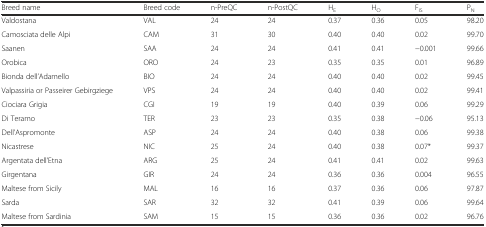
| Breed name | Breed code | n-PreQC | n-PostQC | HE | HO | FIS | PN |
 | --- | --- | --- | --- | --- | --- | --- | --- |
 | Valdostana | VAL | 24 | 24 | 0.37 | 0.36 | 0.05 | 98.20 |
 | Camosciata delle Alpi | CAM | 31 | 30 | 0.40 | 0.40 | 0.02 | 99.70 |
 | Saanen | SAA | 24 | 24 | 0.41 | 0.41 | −0.001 | 99.66 |
 | Orobica | ORO | 24 | 23 | 0.35 | 0.35 | 0.01 | 96.89 |
 | Bionda dell’Adamello | BIO | 24 | 24 | 0.40 | 0.40 | 0.02 | 99.45 |
 | Valpassiria or Passeirer Gebirgziege | VPS | 24 | 24 | 0.40 | 0.40 | 0.02 | 99.41 |
 | Ciociara Grigia | CGI | 19 | 19 | 0.40 | 0.39 | 0.06 | 99.29 |
 | Di Teramo | TER | 23 | 23 | 0.35 | 0.38 | −0.06 | 95.13 |
 | Dell’Aspromonte | ASP | 24 | 24 | 0.40 | 0.38 | 0.06 | 99.38 |
 | Nicastrese | NIC | 25 | 24 | 0.40 | 0.38 | 0.07* | 99.37 |
 | Argentata dell’Etna | ARG | 25 | 24 | 0.41 | 0.41 | 0.02 | 99.63 |
 | Girgentana | GIR | 24 | 24 | 0.36 | 0.36 | 0.004 | 96.55 |
 | Maltese from Sicily | MAL | 16 | 16 | 0.37 | 0.36 | 0.06 | 97.87 |
 | Sarda | SAR | 32 | 32 | 0.41 | 0.39 | 0.06 | 99.64 |
 | Maltese from Sardinia | SAM | 15 | 15 | 0.36 | 0.36 | 0.02 | 96.76 |